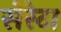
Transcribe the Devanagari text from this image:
सेरेटा